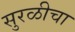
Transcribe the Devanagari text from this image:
सुरळीचा